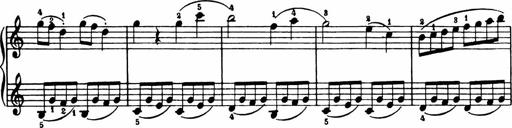
Title: Analytical Sonatinas
Composer: Frank Lynes